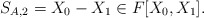
\begin{align*}S_{A,2}=X_0-X_1 \in F[X_0,X_1].\end{align*}